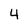
Character: 4